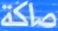
صَلْكة